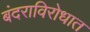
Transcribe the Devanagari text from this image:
बंदराविरोधात